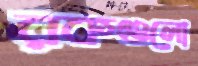
রকগুলো